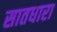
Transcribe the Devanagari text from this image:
सातधारा